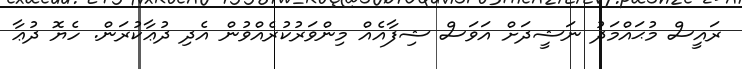
ރައީސް މުޙައްމަދު ނަޝީދަށް އަވަސް ޝިފާއެއް މިންވަރުކުރެއްވުން އެދި ދުޢާކުރަން. ހެޔޮ ދުޢާ